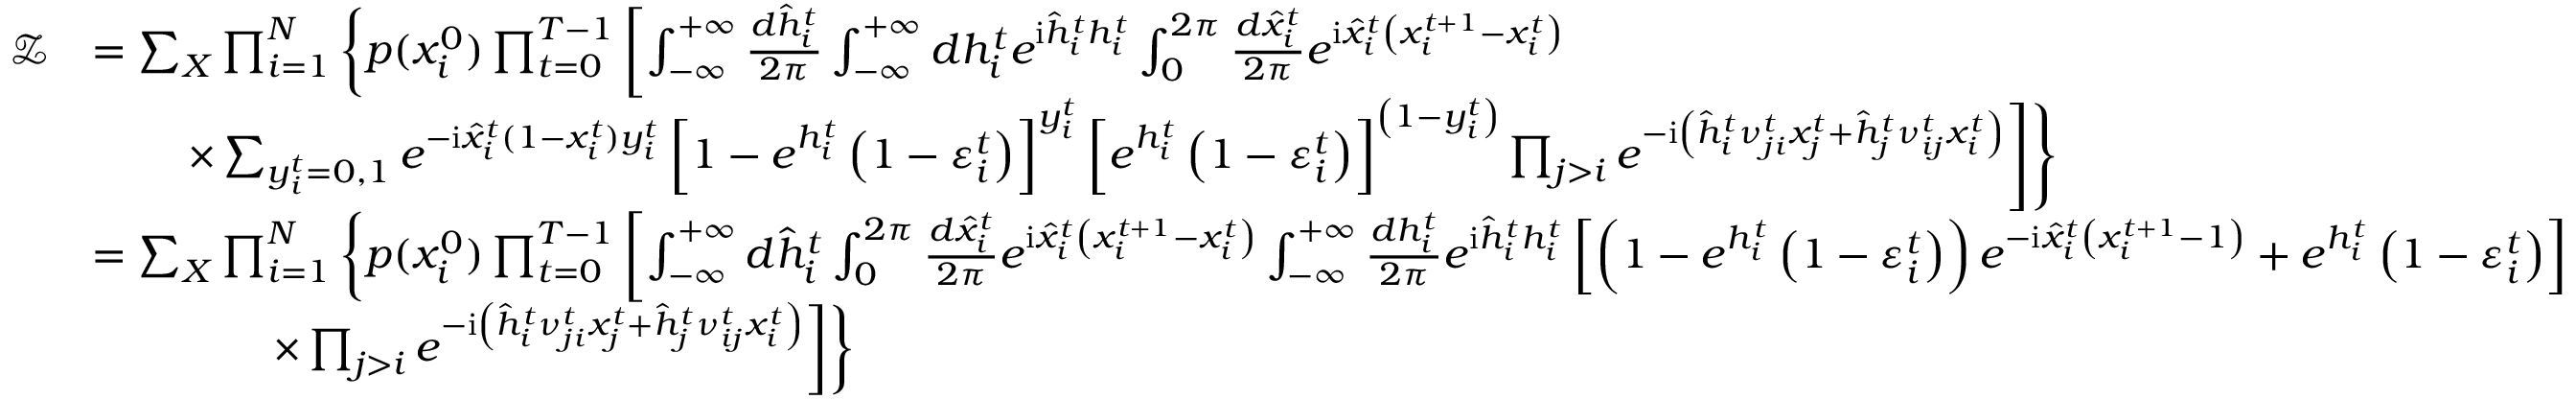
\begin{array} { r l } { \mathcal { Z } } & { = \sum _ { \boldsymbol { X } } \prod _ { i = 1 } ^ { N } \left\{ p ( x _ { i } ^ { 0 } ) \prod _ { t = 0 } ^ { T - 1 } \left[ \int _ { - \infty } ^ { + \infty } \frac { d \hat { h } _ { i } ^ { t } } { 2 \pi } \int _ { - \infty } ^ { + \infty } d h _ { i } ^ { t } e ^ { \mathrm { i } \hat { h } _ { i } ^ { t } h _ { i } ^ { t } } \int _ { 0 } ^ { 2 \pi } \frac { d \hat { x } _ { i } ^ { t } } { 2 \pi } e ^ { \mathrm { i } \hat { x } _ { i } ^ { t } \left( x _ { i } ^ { t + 1 } - x _ { i } ^ { t } \right) } \right. \right. } \\ & { \left. \left. \qquad \times \sum _ { y _ { i } ^ { t } = 0 , 1 } e ^ { - \mathrm { i } \hat { x } _ { i } ^ { t } ( 1 - x _ { i } ^ { t } ) y _ { i } ^ { t } } \left[ 1 - e ^ { h _ { i } ^ { t } } \left( 1 - \varepsilon _ { i } ^ { t } \right) \right] ^ { y _ { i } ^ { t } } \left[ e ^ { h _ { i } ^ { t } } \left( 1 - \varepsilon _ { i } ^ { t } \right) \right] ^ { \left( 1 - y _ { i } ^ { t } \right) } \prod _ { j > i } e ^ { - \mathrm { i } \left( \hat { h } _ { i } ^ { t } \nu _ { j i } ^ { t } x _ { j } ^ { t } + \hat { h } _ { j } ^ { t } \nu _ { i j } ^ { t } x _ { i } ^ { t } \right) } \right] \right\} } \\ & { = \sum _ { \boldsymbol { X } } \prod _ { i = 1 } ^ { N } \left\{ p ( x _ { i } ^ { 0 } ) \prod _ { t = 0 } ^ { T - 1 } \left[ \int _ { - \infty } ^ { + \infty } d \hat { h } _ { i } ^ { t } \int _ { 0 } ^ { 2 \pi } \frac { d \hat { x } _ { i } ^ { t } } { 2 \pi } e ^ { \mathrm { i } \hat { x } _ { i } ^ { t } \left( x _ { i } ^ { t + 1 } - x _ { i } ^ { t } \right) } \int _ { - \infty } ^ { + \infty } \frac { d h _ { i } ^ { t } } { 2 \pi } e ^ { \mathrm { i } \hat { h } _ { i } ^ { t } h _ { i } ^ { t } } \left[ \left( 1 - e ^ { h _ { i } ^ { t } } \left( 1 - \varepsilon _ { i } ^ { t } \right) \right) e ^ { - \mathrm { i } \hat { x } _ { i } ^ { t } \left( x _ { i } ^ { t + 1 } - 1 \right) } + e ^ { h _ { i } ^ { t } } \left( 1 - \varepsilon _ { i } ^ { t } \right) \right] \right. \right. } \\ & { \left. \left. \qquad \qquad \times \prod _ { j > i } e ^ { - \mathrm { i } \left( \hat { h } _ { i } ^ { t } \nu _ { j i } ^ { t } x _ { j } ^ { t } + \hat { h } _ { j } ^ { t } \nu _ { i j } ^ { t } x _ { i } ^ { t } \right) } \right] \right\} } \end{array}